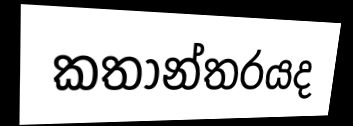
කතාන්තරයද